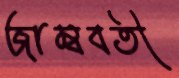
জাম্ববতী